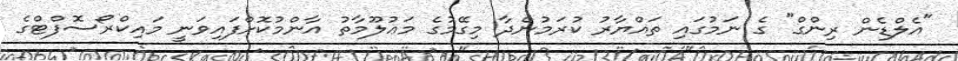
"އެލްޑެން ރިންގް" ގެ ނަމުގައި ތައްޔާރު ކުރަމުންދާ މިގޭމުގެ މަޢުލޫމާތު އާންމުކޮށްފައިވަނީ މައިކްރޯސޮފްޓްގެ